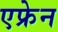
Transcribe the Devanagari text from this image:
एफ्रेन